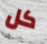
كل